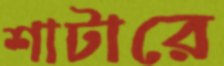
শাটারে